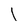
Character: l